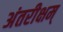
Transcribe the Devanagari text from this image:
अंतरीक्षम्